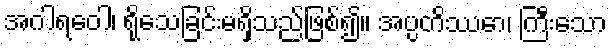
အဂါရဝေါ၊ ရိုသေခြင်းမရှိသည်ဖြစ်၍။ အပ္ပတိဿော၊ ကြီးသော